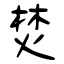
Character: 焚